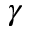
\gamma